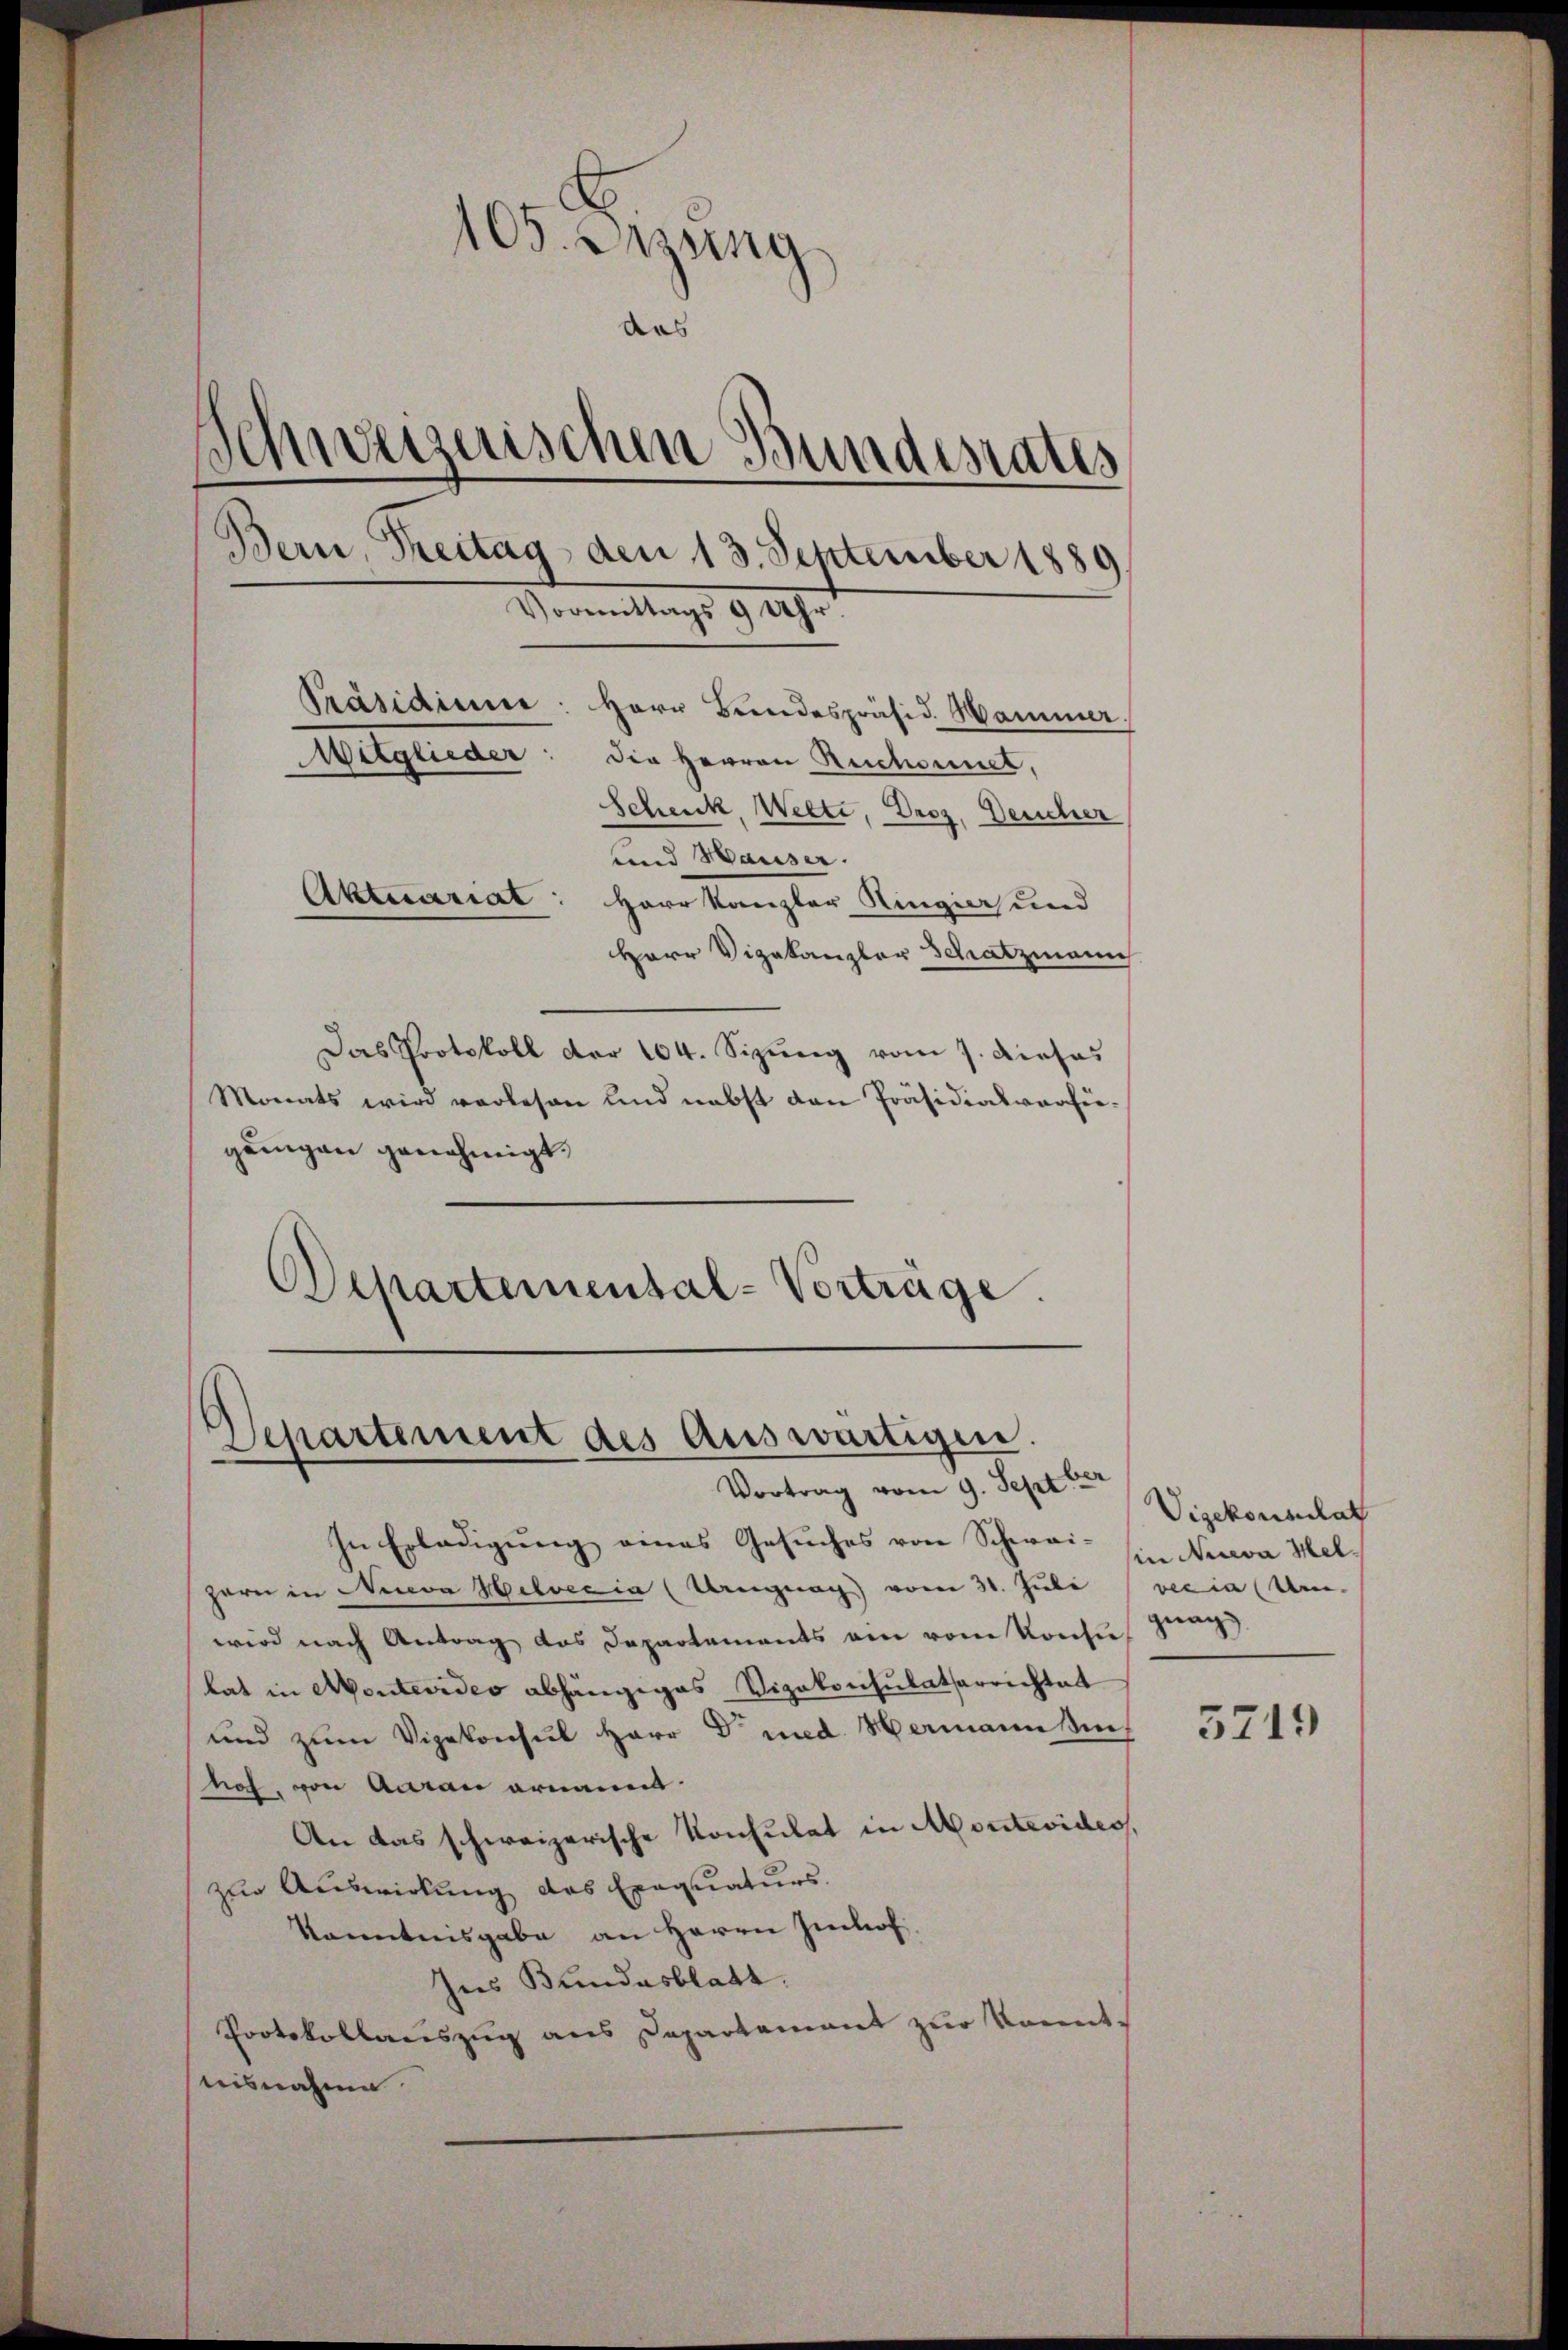
105. Etzung
das
Schweizerischen Bundesrates
Bern, Treitag, den 13. September 1889
ormittags 9 Uhr.
Präsidium. Herr Bundespräsid. Hammer.
Mitglieder: die Herren Ruchoinet,
Schenk, Welte, Droz, Deucher
und Hauser
Aktuariat: Herr Kanzler Ringier und
Herr Vizekanzler Schatzmann

Das Protokoll der 164. Sizŭng vom 7. Diehas
Monats wird verlesen und nebst den Präsidialverhie-
gungen genehmigt.
Schartemental-Vorträge.

Departement des Auswärtigen.
Vortrag vom 9. Septbr

In Erledigung eines Gesuches von Schwei- in Nieva Kel¬
Hern in Niveva Helvetia (Urignag) vom 31. Juli
wird nach Antrag das Departements am vom Konsu
lat in Montevideo abhängiges Vizekonsulatserrichtet
und zum Vizekonsul Herr Dr. med. Hermannssin,
hof, von Aarau ernannt.
An das schweizerische Konsulat in Montevides,
zur Auswirkung des Exequaturs.
Kenntnisgabe an Herrn Imhof.
Ines Bundesblatt.
Protokollauszug aus Departement zur konnt-
bisnahme

Vigekonsulat
vec ia Um
gnag

5719